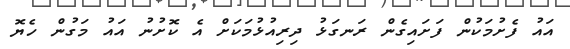
އައު ފެށުމަކުން ފަށައިގެން ރަނގަޅު ދިރިއުޅުމަކަށް އެ ކޮށުނު އައު މަގުން ހެޔޮ